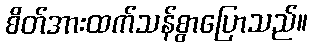
စိတ်အားထက်သန်စွာပြောသည်။